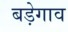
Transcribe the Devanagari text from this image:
बड़ेगाव